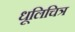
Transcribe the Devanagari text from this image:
धूलिचित्र